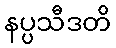
နပ္ပသီဒတိ